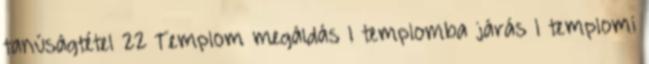
tanúságtétel 22 Templom megáldás 1 templomba járás 1 templomi